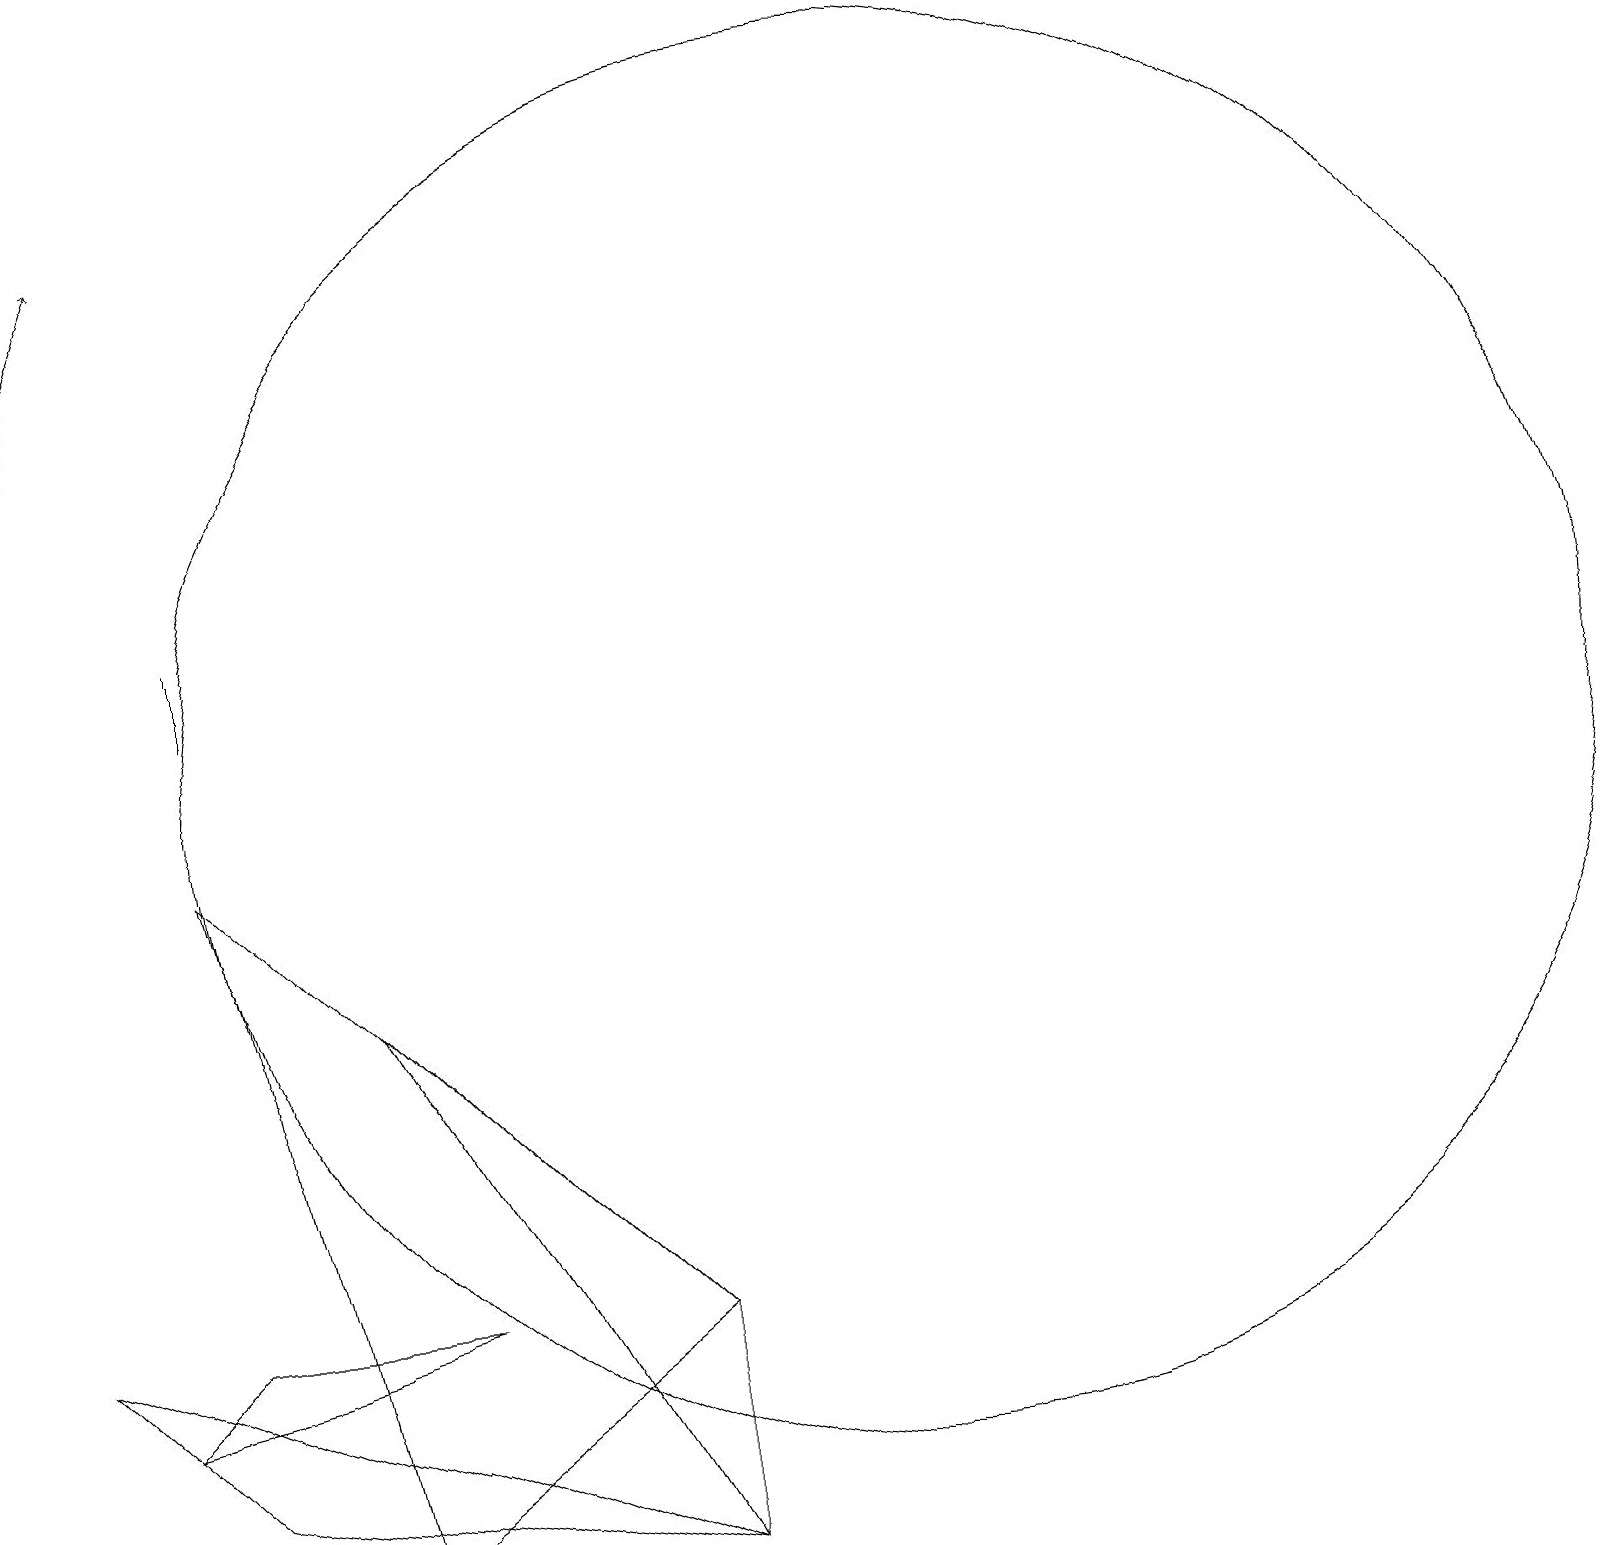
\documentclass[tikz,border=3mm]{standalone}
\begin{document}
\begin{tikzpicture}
\draw (3,12) rectangle (3,11);
\draw (9,3) -- (5,7) -- (9,0) -- cycle;
\draw (12,10) circle (9);
\draw (3,3) -- (6,3) -- (2,2) -- cycle;
\draw (9,3) -- (3,9) -- (5,0) -- cycle;
\draw[->] (1,14) -- (2,17);
\draw (1,3) -- (3,1) -- (9,0) -- cycle;
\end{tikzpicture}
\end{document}